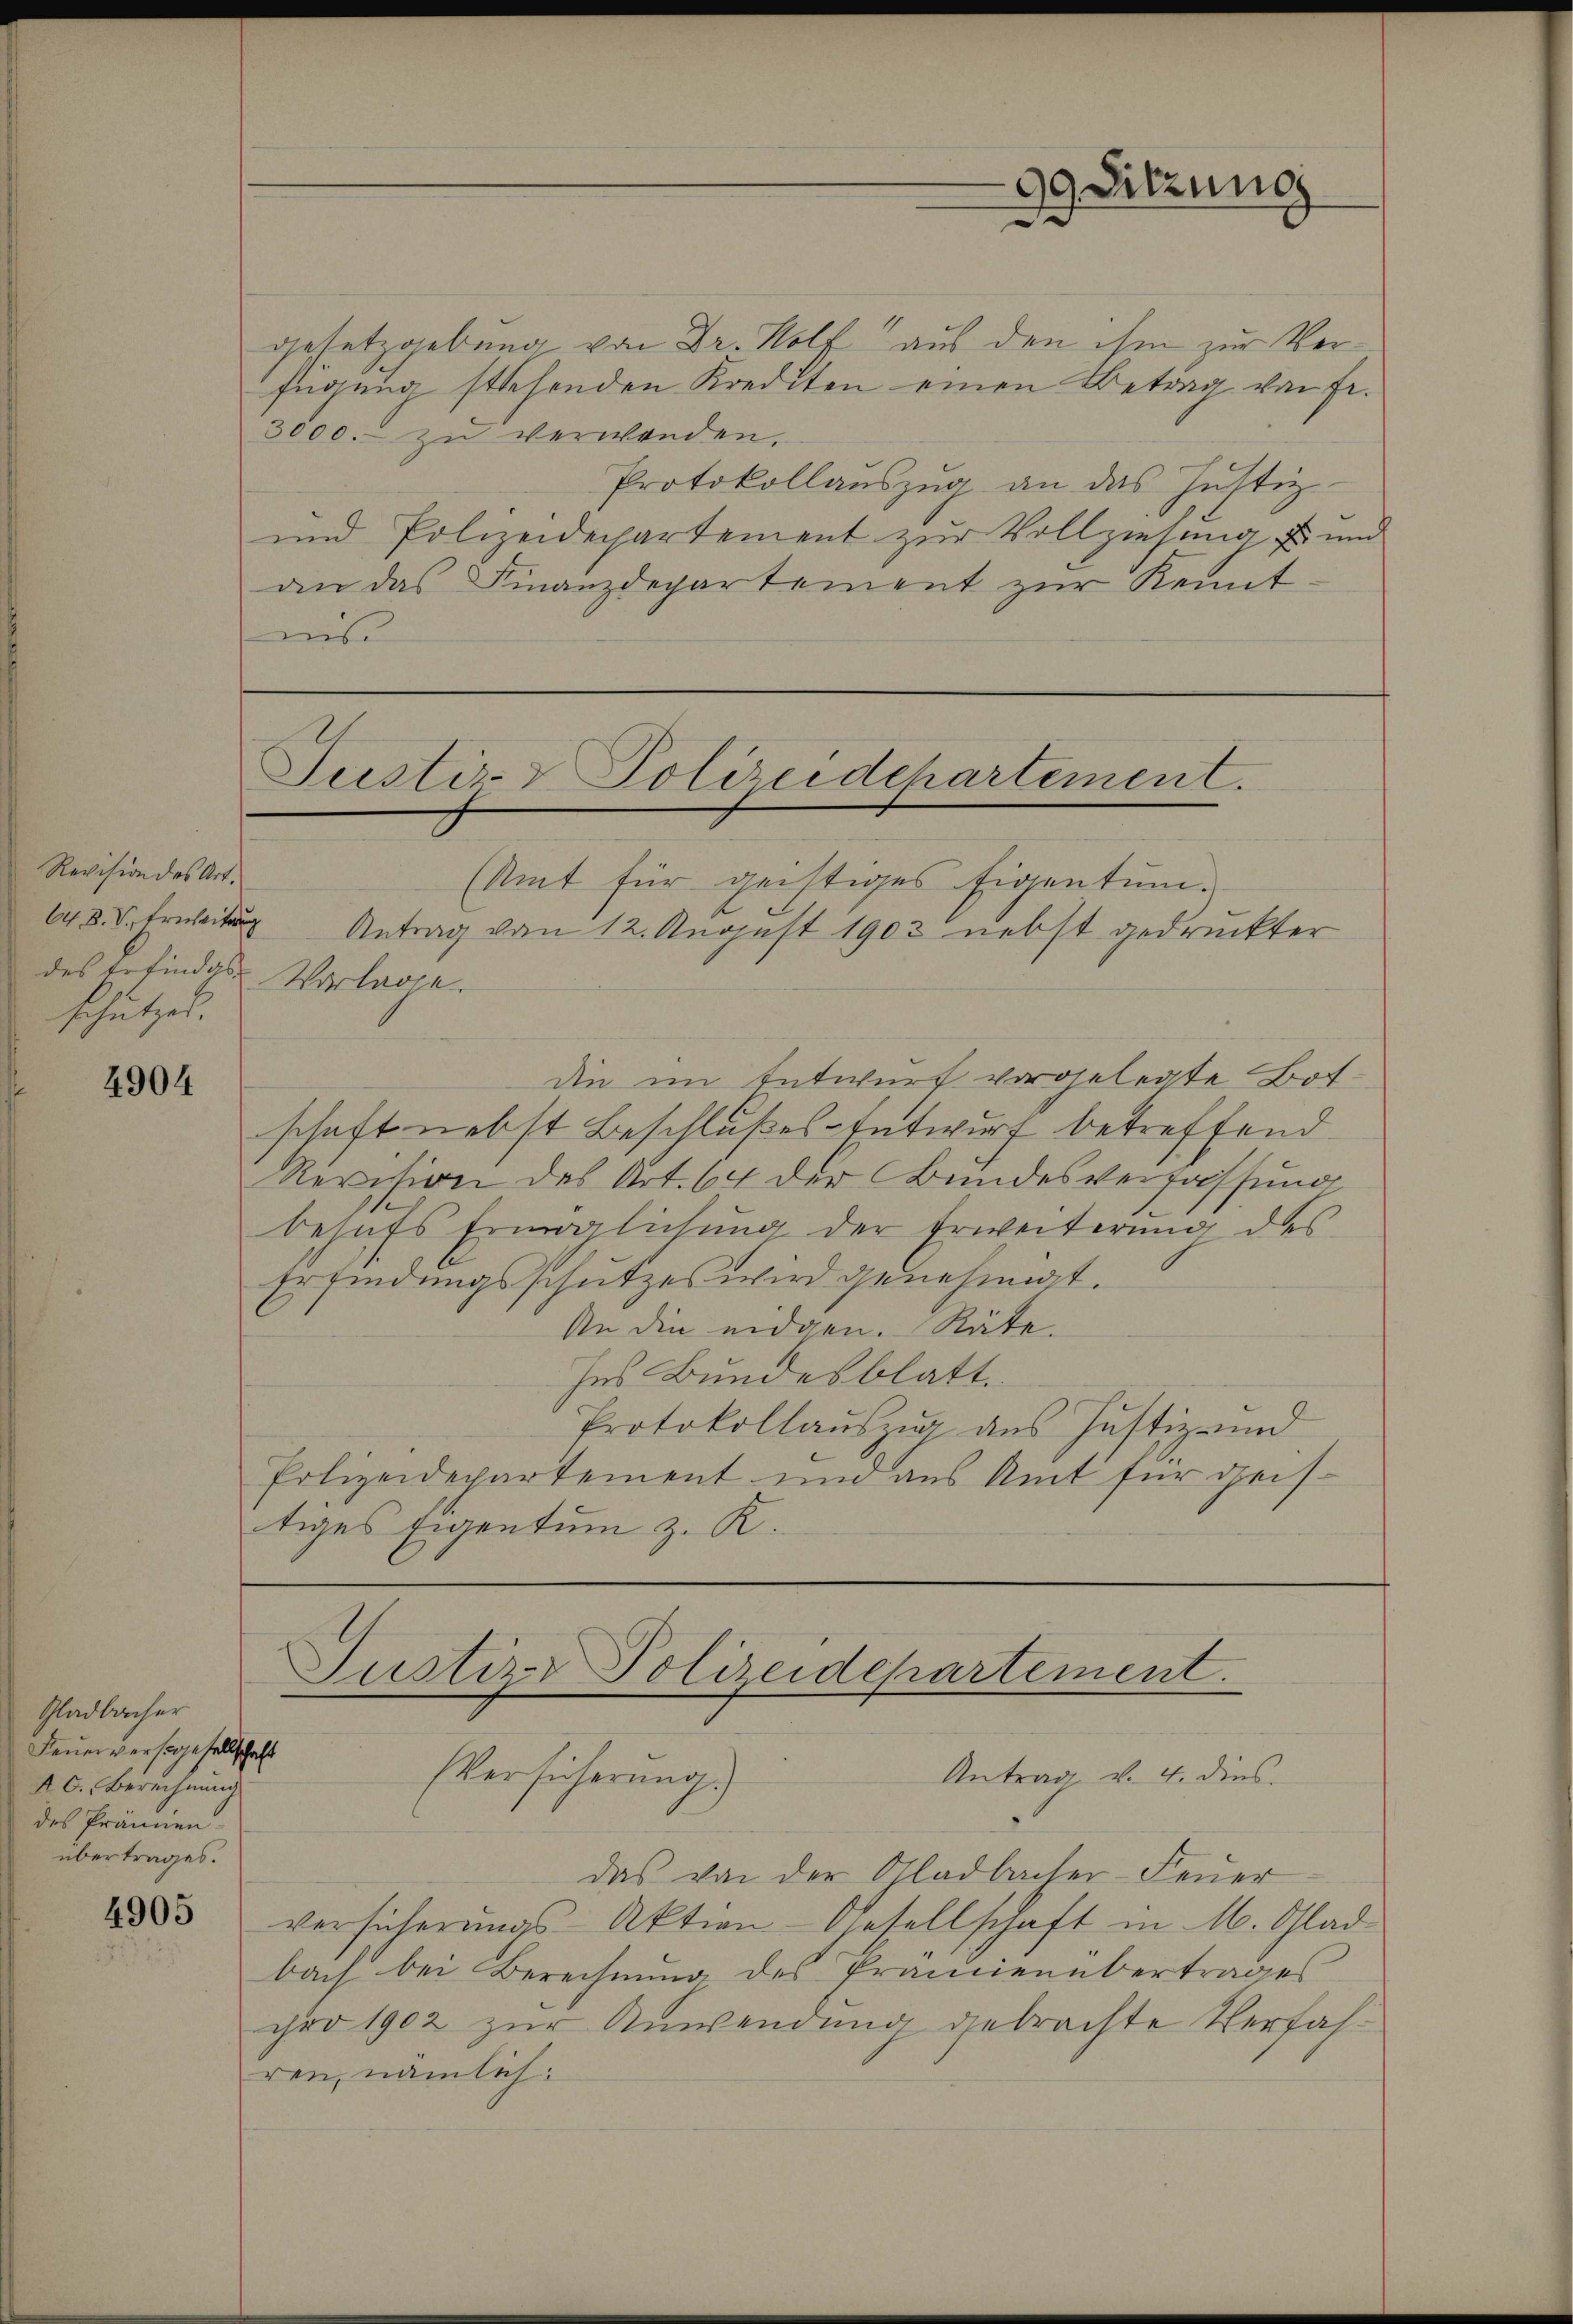
Revision des Art.
64. 8. V. Erweitung
schützen.

4904

Gladbacher
Feuerverstgesellschaft
A C. Berechnung
des Prämien.
übertrages.

4905

gesetzgebung von Dr. Wolf aus den ihm zur Verfügung stehenden Krediten einen Betrag von Fr.
3000. zu verwenden.
Protokollauszug an das Justiz-
und Polizeidepartement zur Vollziehung u. und
an das Finanzdepartement zur Kenntis

Justiz- Polizeidehartement.

(Amt für geistiges Eigentum.
Antrag von 12. August 1903 nebst gedruckter
des Erfindgs-Vorlage.
die im Entwurf vorgelegte Botschaft nebst Beschlußes-Entwurf betreffend
Revision des Art. 64 der Bundesverfassung
behufs Ermöglichung der Erweiterung des
Erfindungsschutzes wird genehmigt.
An die eidgen. Räte.
Ins Bundesblatt.
Protokollauszug aus Justiz- und
Polizeidepartement und aus Amt für deistiges Eigentum z. R.

Justiz- Polizeidchartement

99 Sitzung

Antrag v. 4. dies
Versicherung)
das von der Gladbacher-Feuer
versicherungs-Aktion. Gesellschaft in M. Glad
bach bei Berechnung des Prämienübertrages
pro 1902 zur Anwendung gebrachte Verfahren, nämlich: